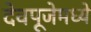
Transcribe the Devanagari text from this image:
देवपूजेमध्ये